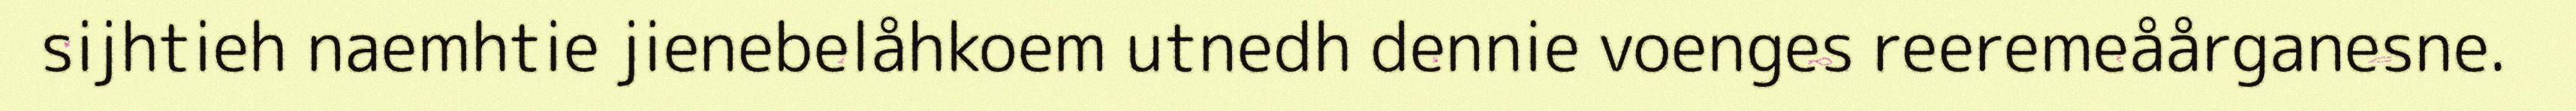
sijhtieh naemhtie jienebelåhkoem utnedh dennie voenges reeremeåårganesne.